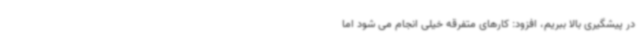
در پیشگیری بالا ببریم، افزود: کارهای متفرقه خیلی انجام می شود اما